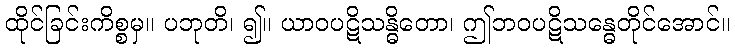
ထိုင်ခြင်းကိစ္စမှ။ ပဘုတိ၊ ၍။ ယာဝပဋိသန္ဓိတော၊ ဤဘဝပဋိသန္ဓေတိုင်အောင်။